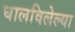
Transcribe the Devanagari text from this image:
घालविलेल्या